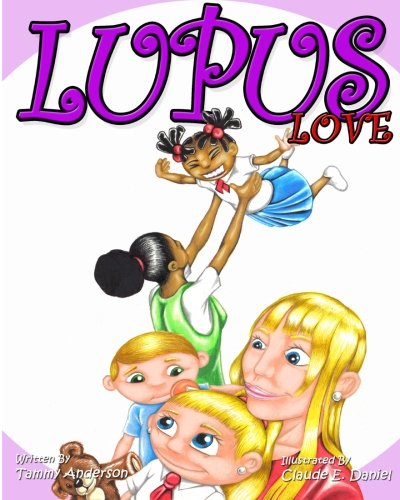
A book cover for Lupus Love; Tammy Anderson; Health, Fitness & Dieting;